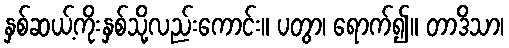
နှစ်ဆယ့်ကိုးနှစ်သို့လည်းကောင်း။ ပတွာ၊ ရောက်၍။ တာဒိသာ၊